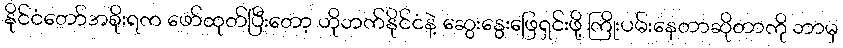
နိုင်ငံတော်အစိုးရက ဖော်ထုတ်ပြီးတော့ ဟိုဘက်နိုင်ငံနဲ့ ဆွေးနွေးဖြေရှင်းဖို့ ကြိုးပမ်းနေတာဆိုတာကို ဘာမှ